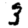
Digit: 3